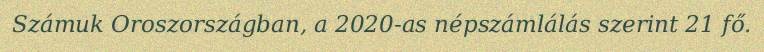
Számuk Oroszországban, a 2020-as népszámlálás szerint 21 fő.